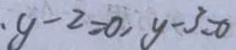
y - 2 = 0 , y - 3 = 0